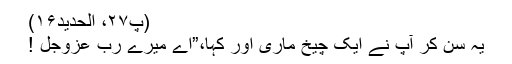
(پ۲۷، الحدید۱۶)
یہ سن کر آپ نے ایک چیخ ماری اور کہا،”اے میرے رب عزوجل !